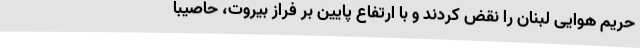
حریم هوایی لبنان را نقض کردند و با ارتفاع پایین بر فراز بیروت، حاصیبا